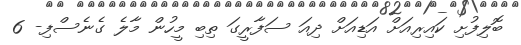
ބޮލިފުށި ކައިރިއަށް އަޑިއަށް ދިއަ ސަފާރީގަ ތިބި މީހުން މާލެ ގެނެސްފި- 6